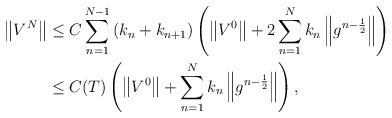
LaTeX: \begin{align*} \left\|V^{N}\right\| & \leq C \sum\limits_{n=1}^{N-1}\left( k_n+k_{n+1} \right) \left( \left\|V^{0}\right\| + 2\sum\limits_{n=1}^{N}k_n \left\|g^{n-\frac{1}{2}}\right\| \right) \\ & \leq C(T) \left( \left\|V^{0}\right\| + \sum\limits_{n=1}^{N}k_n \left\|g^{n-\frac{1}{2}}\right\| \right), \end{align*}